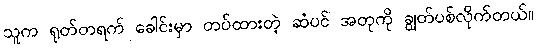
သူက ရုတ်တရက် ခေါင်းမှာ တပ်ထားတဲ့ ဆံပင် အတုကို ချွတ်ပစ်လိုက်တယ်။